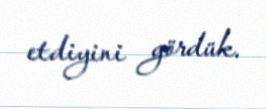
etdiyini gördük.